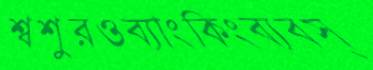
শ্বশুরওব্যাংকিংব্যবস্